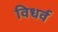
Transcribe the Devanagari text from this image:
विधर्व